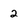
Character: 2